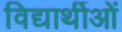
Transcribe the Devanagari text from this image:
विद्यार्थीओं